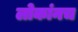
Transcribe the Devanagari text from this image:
लोकांनच